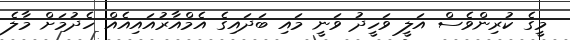
މީގެ ކުރިންވެސް އަލީ ވަހީދު ވަނީ މައި ބަދައިގެ އެމްއާރުއައިއެއް ހެދުމަށް މާލެ